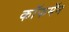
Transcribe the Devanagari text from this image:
कॉफमॅन